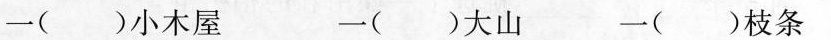
一( )小木屋 一( )大山 一( )枝条